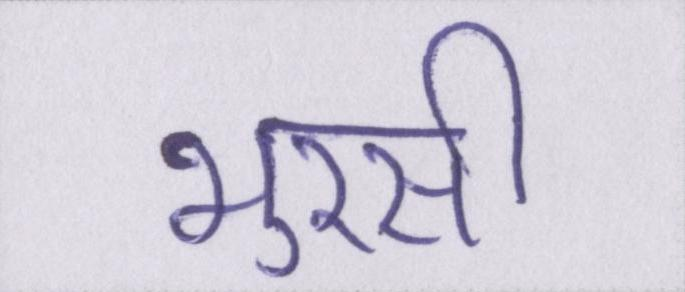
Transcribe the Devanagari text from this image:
भुरसी